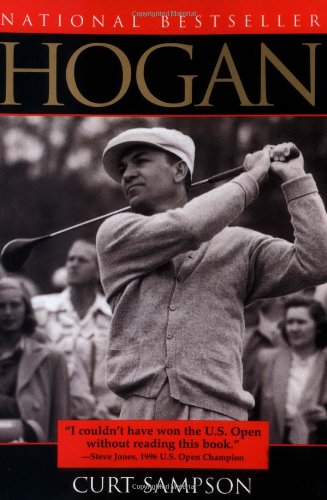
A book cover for Hogan; Curt Sampson; Biographies & Memoirs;